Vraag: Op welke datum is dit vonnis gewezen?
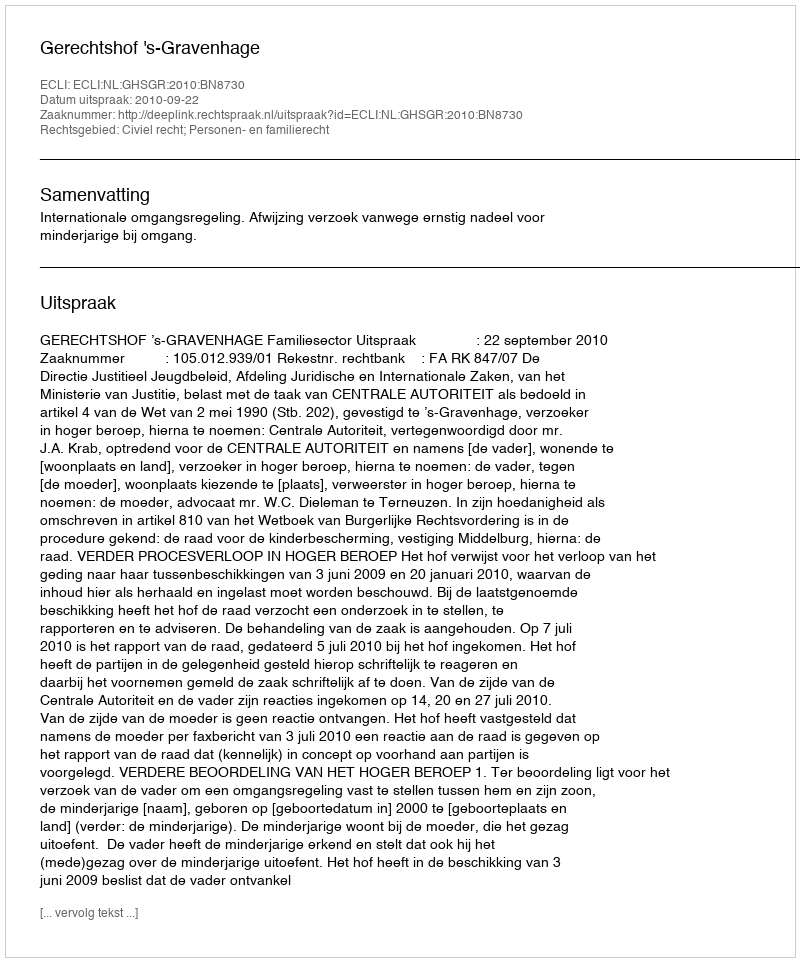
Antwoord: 2010-09-22